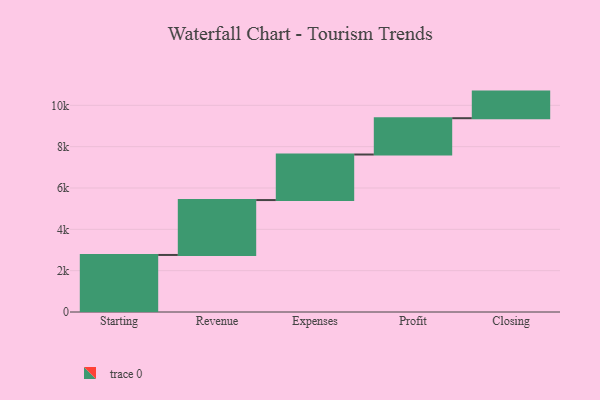
{"axis": {"x": "Step", "y": "Value"}, "legend": [""], "data": [{"x": "Starting", "y": 2760.0, "type": ""}, {"x": "Revenue", "y": 2656.0, "type": ""}, {"x": "Expenses", "y": 2204.0, "type": ""}, {"x": "Profit", "y": 1757.0, "type": ""}, {"x": "Closing", "y": 1287.0, "type": ""}]}